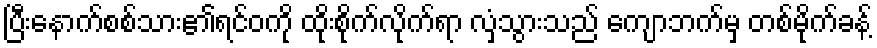
ပြီးနောက်စစ်သား၏ရင်ဝကို ထိုးစိုက်လိုက်ရာ လှံသွားသည် ကျောဘက်မှ တစ်မိုက်ခန့်